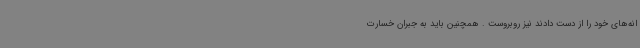
انه‌های خود را از دست دادند نیز روبروست . همچنین باید به جبران خسارت